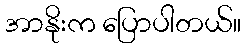
အာနိုးက ပြောပါတယ်။